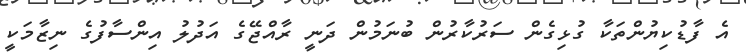
އެ ފާޑުކިޔުންތަކާ ގުޅިގެން ސަރުކާރުން ބުނަމުން ދަނީ ރާއްޖޭގެ އަދުލު އިންސާފުގެ ނިޒާމަކީ